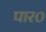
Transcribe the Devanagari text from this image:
पार०